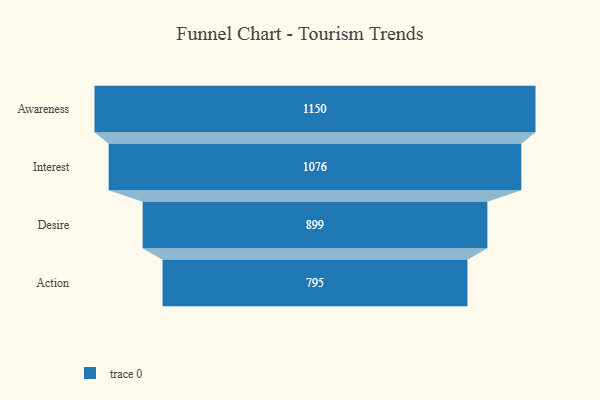
{"axis": {"x": "Stage", "y": "Value"}, "legend": [""], "data": [{"x": "Awareness", "y": 1150.0, "type": ""}, {"x": "Interest", "y": 1076.0, "type": ""}, {"x": "Desire", "y": 899.0, "type": ""}, {"x": "Action", "y": 795.0, "type": ""}]}